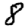
Digit: 8